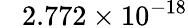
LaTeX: \phantom{+}2.772\times 10^{-18}